Preliminary report on the killing of rats and rat fleas by hydrocyanic acid gas - Number 38
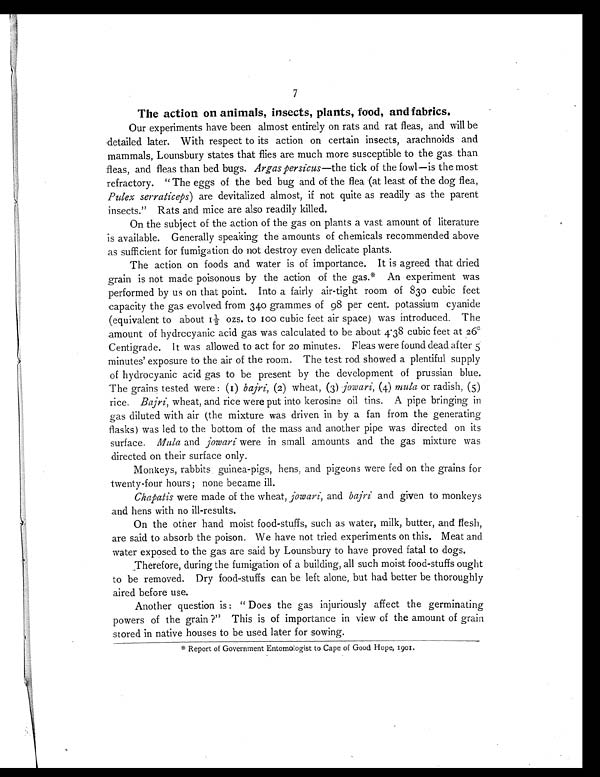
7
The action on animals, insects, plants, food, and fabrics.
Our experiments have been almost entirely on rats and rat fleas, and will be
detailed later. With respect to its action on certain insects, arachnoids and
mammals, Lounsbury states that flies are much more susceptible to the gas than
fleas, and fleas than bed bugs. Argas persicus —the tick of the fowl—is the most
refractory. "The eggs of the bed bug and of the flea (at least of the dog flea,
Pulex serraticeps) are devitalized almost, if not quite as readily as the parent
insects." Rats and mice are also readily killed.
On the subject of the action of the gas on plants a vast amount of literature
is available. Generally speaking the amounts of chemicals recommended above
as sufficient for fumigation do not destroy even delicate plants.
The action on foods and water is of importance. It is agreed that dried
grain is not made poisonous by the action of the gas.* An experiment was
performed by us on that point. Into a fairly air-tight room of 830 cubic feet
capacity the gas evolved from 340 grammes of 98 per cent. potassium cyanide
( equi val ent t o about 1 1/ 2 ozs. t o 100 cubi c f eet ai r space) was i nt r oduced. The
amount of hydrocyanic acid gas was calculated to be about 4.38 cubic feet at 26°C
entigrade. It was allowed to act for 20 minutes. Fleas were found dead after 5
minutes' exposure to the air of the room. The test rod showed a plentiful supply
of hydrocyanic acid gas to be present by the development of prussian blue.
The grains tested were: (1) bajri, (2) wheat , (3) jowari, (4) mula or radish, (5)
rice. Bajri, wheat, and rice were put into kerosine oil tins. A pipe bringing in
gas diluted with air (the mixture was driven in by a fan from the generating
flasks) was led to the bottom of the mass and another pipe was directed on its
surface. Mula and jowari were in small amounts and the gas mixture was
directed on their surface only.
Monkeys, rabbits guinea-pigs, hens, and pigeons were fed on the grains for
twenty-four hours; none became ill.
Chapatis were made of the wheat, jowari, and bajri and given to monkeys
and hens with no ill-results.
On the other hand moist food-stuffs, such as water, milk, butter, and flesh,
are said to absorb the poison. We have not tried experiments on this. Meat and
water exposed to the gas are said by Lounsbury to have proved fatal to dogs.
Therefore, during the fumigation of a building, all such moist food-stuffs ought
to be removed. Dry foodstuffs can be left alone, but had better be thoroughly
aired before use.
Another question is: "Does the gas injuriously affect the germinating
powers of the grain?" This is of importance in view of the amount of grain
stored in native houses to be used later for sowing.
*Repor t of Gover nment Ent omol ogi s t t o Cape of Good Hope, 1901.